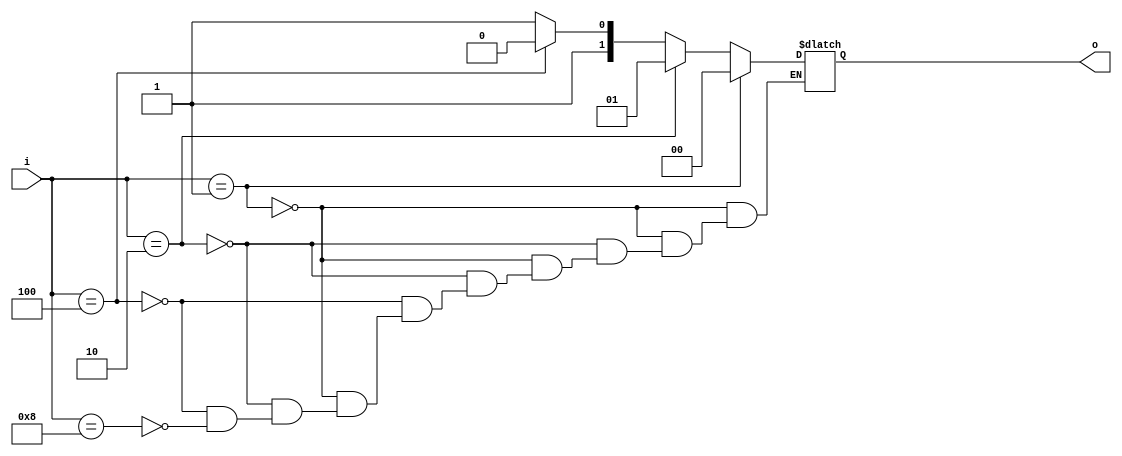
module encoder_42(o,i);

output reg [0:1]o;
input [0:3]i;

always @(i)
begin
  if(i==4'b0001)
    begin
      o=2'b00;
    end
  else
    if(i==4'b0010)
    begin
      o=2'b01;
    end
   else
    if(i==4'b0100)
    begin
      o=2'b10;
    end
   else
    if(i==4'b1000)
    begin
      o=2'b11;
    end
  end
endmodule


//tst bnch

module t_encoder_42();
  
wire [0:1]o;
reg [0:3]i;

encoder_42 a1(o,i);
initial
begin
i=4'b0001;
#50;
i=4'b0010;
#50;
i=4'b0100;
#50;
i=4'b1000;
#50;
end
endmodule